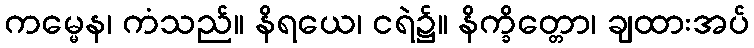
ကမ္မေန၊ ကံသည်။ နိရယေ၊ ငရဲ၌။ နိက္ခိတ္တော၊ ချထားအပ်